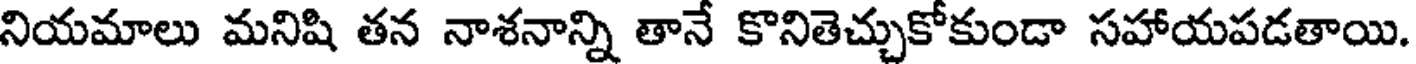
నియమాలు మనిషి తన నాశనాన్ని తానే కొనితెచ్చుకోకుండా సహాయపడతాయి.